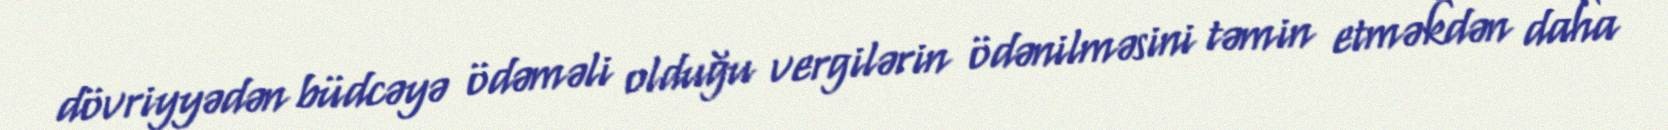
dövriyyədən büdcəyə ödəməli olduğu vergilərin ödənilməsini təmin etməkdən daha